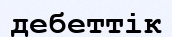
дебеттік